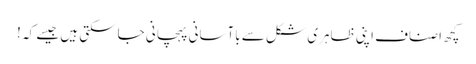
کچھ اصناف اپنی ظاہری شکل سے باآسانی پہچانی جاسکتی ہیں جیسے کہ !